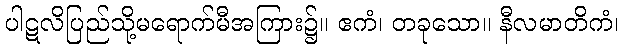
ပါဋလိပြည်သို့မရောက်မီအကြား၌။ ဧကံ၊ တခုသော။ နီလမာတိကံ၊